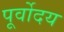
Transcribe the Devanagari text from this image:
पूर्वोदय